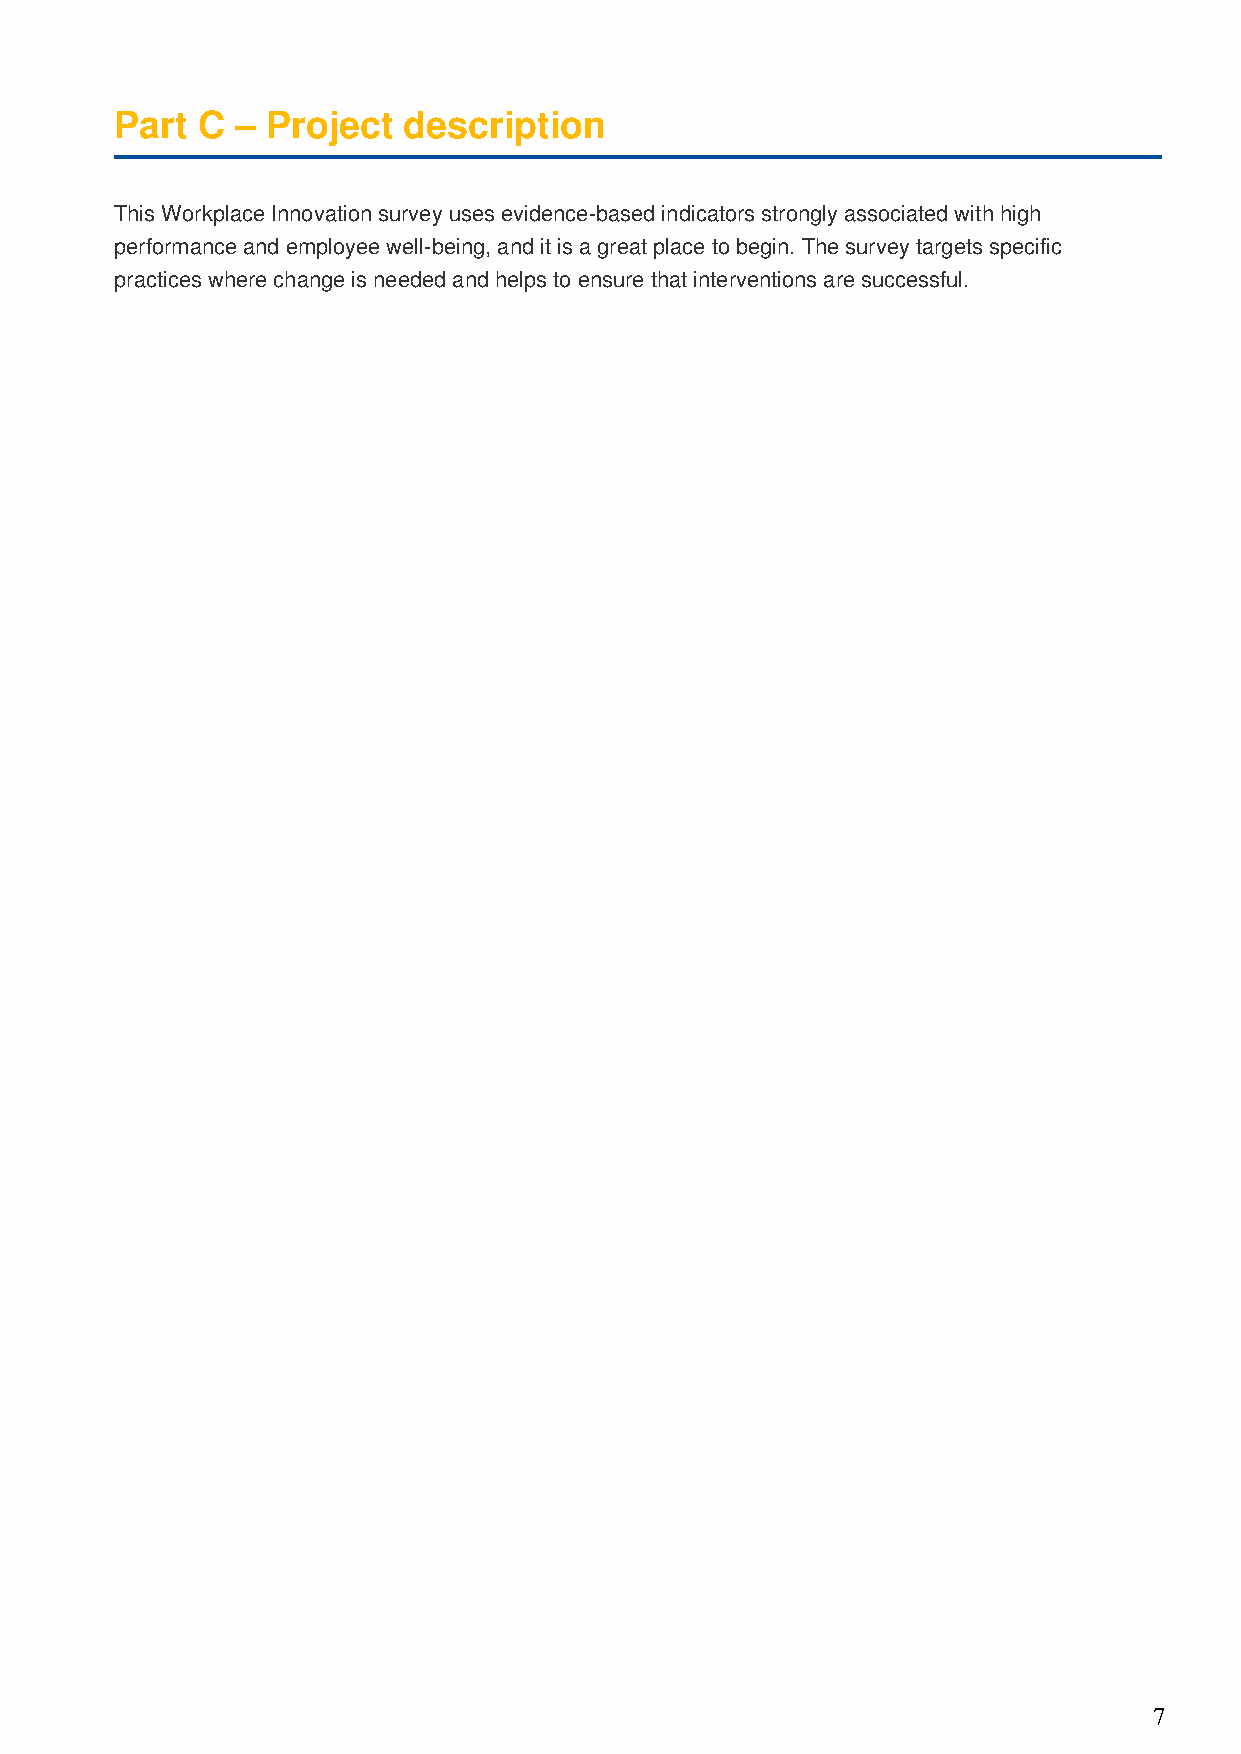
Part C  – Project  description
 This Workplace Innovation survey uses evidence-based indicators strongly associated with high
 performance and employee well-being, and it is a great place to begin. The survey targets specific
 practices where change is needed and helps to ensure that interventions are successful.
 7